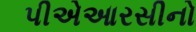
પીએઆરસીનો